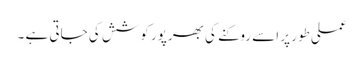
عملی طور پر اسے روکنے کی بھرپور کوشش کی جاتی ہے ۔